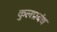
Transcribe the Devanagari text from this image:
कुलप्रबंध